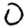
Digit: 0